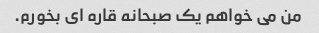
من می خواهم یک صبحانه قاره ای بخورم.